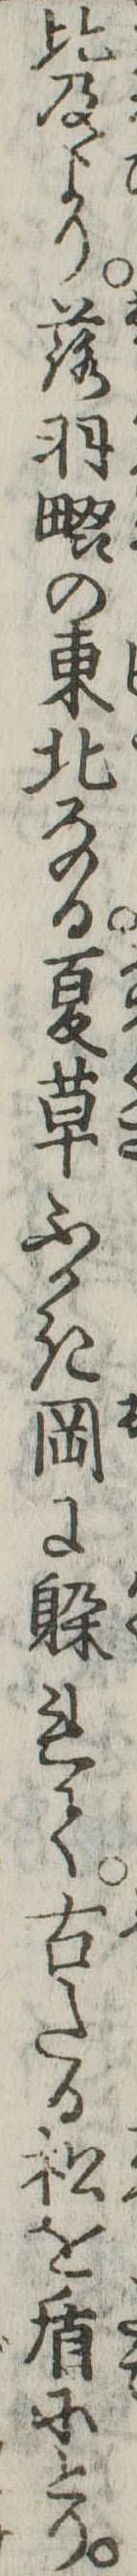
比及より落羽畷の東北なる夏草ふかき岡に躱れて古たる松を盾にとり